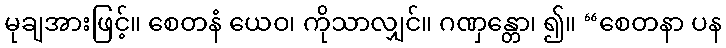
မုချအားဖြင့်။ စေတနံ ယေဝ၊ ကိုသာလျှင်။ ဂဏှန္တော၊ ၍။ “စေတနာ ပန